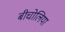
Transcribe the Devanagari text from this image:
बीचोलिया